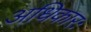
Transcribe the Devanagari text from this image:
अधिकारः